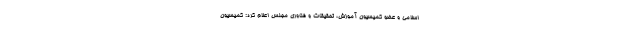
اسلامی و عضو کمیسیون آموزش، تحقیقات و فناوری مجلس اعلام کرد: کمیسیون